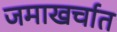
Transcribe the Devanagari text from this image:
जमाखर्चात